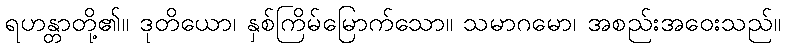
ရဟန္တာတို့၏။ ဒုတိယော၊ နှစ်ကြိမ်မြောက်သော။ သမာဂမော၊ အစည်းအဝေးသည်။